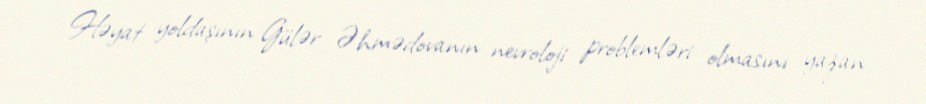
Həyat yoldaşının Gülər Əhmədovanın nevroloji problemləri olmasını yazan